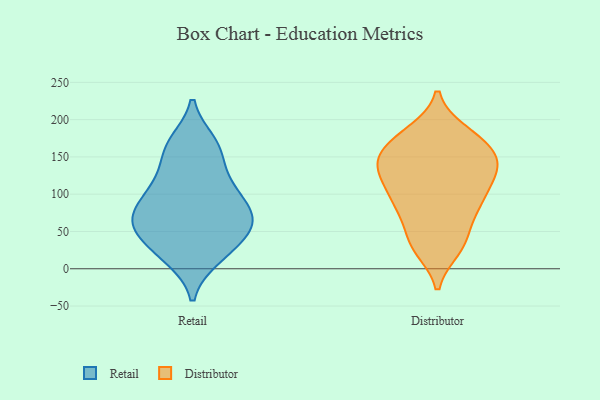
{"axis": {"x": "Revenue (USD Million)", "y": "Value"}, "legend": ["Distributor", "Retail"], "data": [{"x": "", "y": 155, "type": "Retail"}, {"x": "", "y": 30, "type": "Retail"}, {"x": "", "y": 113, "type": "Retail"}, {"x": "", "y": 55, "type": "Retail"}, {"x": "", "y": 73, "type": "Retail"}, {"x": "", "y": 106, "type": "Retail"}, {"x": "", "y": 74, "type": "Retail"}, {"x": "", "y": 15, "type": "Retail"}, {"x": "", "y": 59, "type": "Retail"}, {"x": "", "y": 169, "type": "Retail"}, {"x": "", "y": 128, "type": "Distributor"}, {"x": "", "y": 146, "type": "Distributor"}, {"x": "", "y": 149, "type": "Distributor"}, {"x": "", "y": 27, "type": "Distributor"}, {"x": "", "y": 141, "type": "Distributor"}, {"x": "", "y": 129, "type": "Distributor"}, {"x": "", "y": 179, "type": "Distributor"}, {"x": "", "y": 127, "type": "Distributor"}, {"x": "", "y": 67, "type": "Distributor"}, {"x": "", "y": 33, "type": "Distributor"}, {"x": "", "y": 170, "type": "Distributor"}, {"x": "", "y": 36, "type": "Distributor"}, {"x": "", "y": 87, "type": "Distributor"}, {"x": "", "y": 183, "type": "Distributor"}, {"x": "", "y": 89, "type": "Distributor"}, {"x": "", "y": 162, "type": "Distributor"}, {"x": "", "y": 87, "type": "Distributor"}, {"x": "", "y": 106, "type": "Distributor"}]}